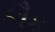
કૌક